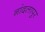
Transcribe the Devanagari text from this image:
नांदलापुर